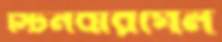
স্টিনবারগেন